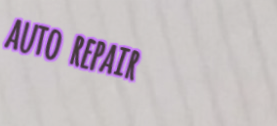
auto repair